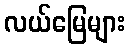
လယ်မြေများ